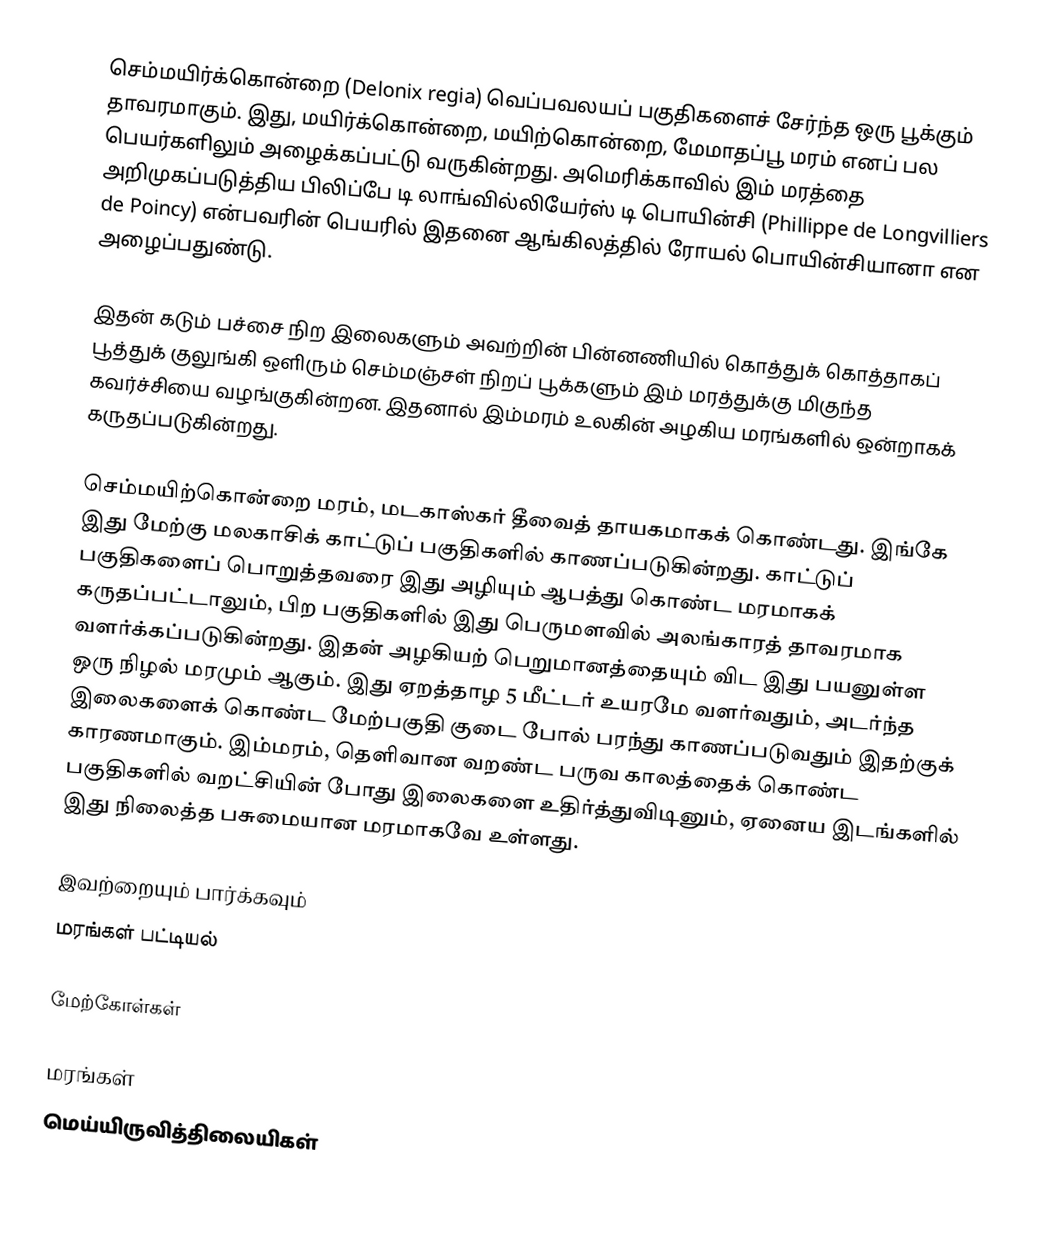
செம்மயிர்க்கொன்றை (Delonix regia) வெப்பவலயப் பகுதிகளைச் சேர்ந்த ஒரு பூக்கும் தாவரமாகும். இது, மயிர்க்கொன்றை, மயிற்கொன்றை, மேமாதப்பூ மரம் எனப் பல பெயர்களிலும் அழைக்கப்பட்டு வருகின்றது. அமெரிக்காவில் இம் மரத்தை அறிமுகப்படுத்திய பிலிப்பே டி லாங்வில்லியேர்ஸ் டி பொயின்சி (Phillippe de Longvilliers de Poincy) என்பவரின் பெயரில் இதனை ஆங்கிலத்தில் ரோயல் பொயின்சியானா என அழைப்பதுண்டு.

இதன் கடும் பச்சை நிற இலைகளும் அவற்றின் பின்னணியில் கொத்துக் கொத்தாகப் பூத்துக் குலுங்கி ஒளிரும் செம்மஞ்சள் நிறப் பூக்களும் இம் மரத்துக்கு மிகுந்த கவர்ச்சியை வழங்குகின்றன. இதனால் இம்மரம் உலகின் அழகிய மரங்களில் ஒன்றாகக் கருதப்படுகின்றது.

செம்மயிற்கொன்றை மரம், மடகாஸ்கர் தீவைத் தாயகமாகக் கொண்டது. இங்கே இது மேற்கு மலகாசிக் காட்டுப் பகுதிகளில் காணப்படுகின்றது. காட்டுப் பகுதிகளைப் பொறுத்தவரை இது அழியும் ஆபத்து கொண்ட மரமாகக் கருதப்பட்டாலும், பிற பகுதிகளில் இது பெருமளவில் அலங்காரத் தாவரமாக வளர்க்கப்படுகின்றது. இதன் அழகியற் பெறுமானத்தையும் விட இது பயனுள்ள ஒரு நிழல் மரமும் ஆகும். இது ஏறத்தாழ 5 மீட்டர் உயரமே வளர்வதும், அடர்ந்த இலைகளைக் கொண்ட மேற்பகுதி குடை போல் பரந்து காணப்படுவதும் இதற்குக் காரணமாகும். இம்மரம், தெளிவான வறண்ட பருவ காலத்தைக் கொண்ட பகுதிகளில் வறட்சியின் போது இலைகளை உதிர்த்துவிடினும், ஏனைய இடங்களில் இது நிலைத்த பசுமையான மரமாகவே உள்ளது.

இவற்றையும் பார்க்கவும்
 மரங்கள் பட்டியல்

மேற்கோள்கள்

மரங்கள்
மெய்யிருவித்திலையிகள்